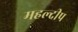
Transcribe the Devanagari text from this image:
महल्दीप